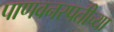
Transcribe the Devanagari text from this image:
पाणवनस्पतीच्या